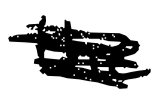
Text: the
Cross-out: scratch
Writing tool: digital_black